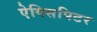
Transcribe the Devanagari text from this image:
ऐक्सिपिटर